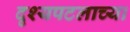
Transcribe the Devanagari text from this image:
दृश्यपटलाच्या